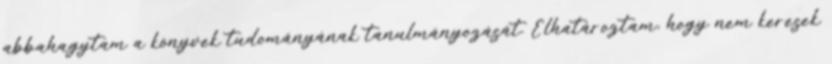
abbahagytam a könyvek tudományának tanulmányozását. Elhatároztam, hogy nem keresek